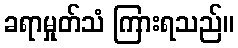
ခရာမှုတ်သံ ကြားရသည်။